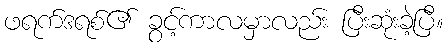
ဖရက်ဒရစ်၏ ခွင့်ကာလမှာလည်း ပြီးဆုံးခဲ့ပြီ။